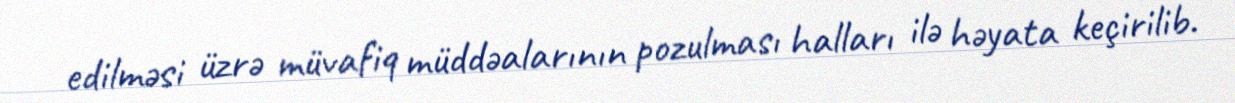
edilməsi üzrə müvafiq müddəalarının pozulması halları ilə həyata keçirilib.